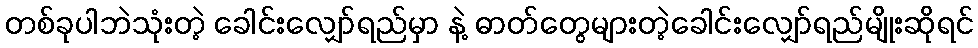
တစ်ခုပါဘဲသုံးတဲ့ ခေါင်းလျှော်ရည်မှာ နဲ့ ဓာတ်တွေများတဲ့ခေါင်းလျှော်ရည်မျိုးဆိုရင်